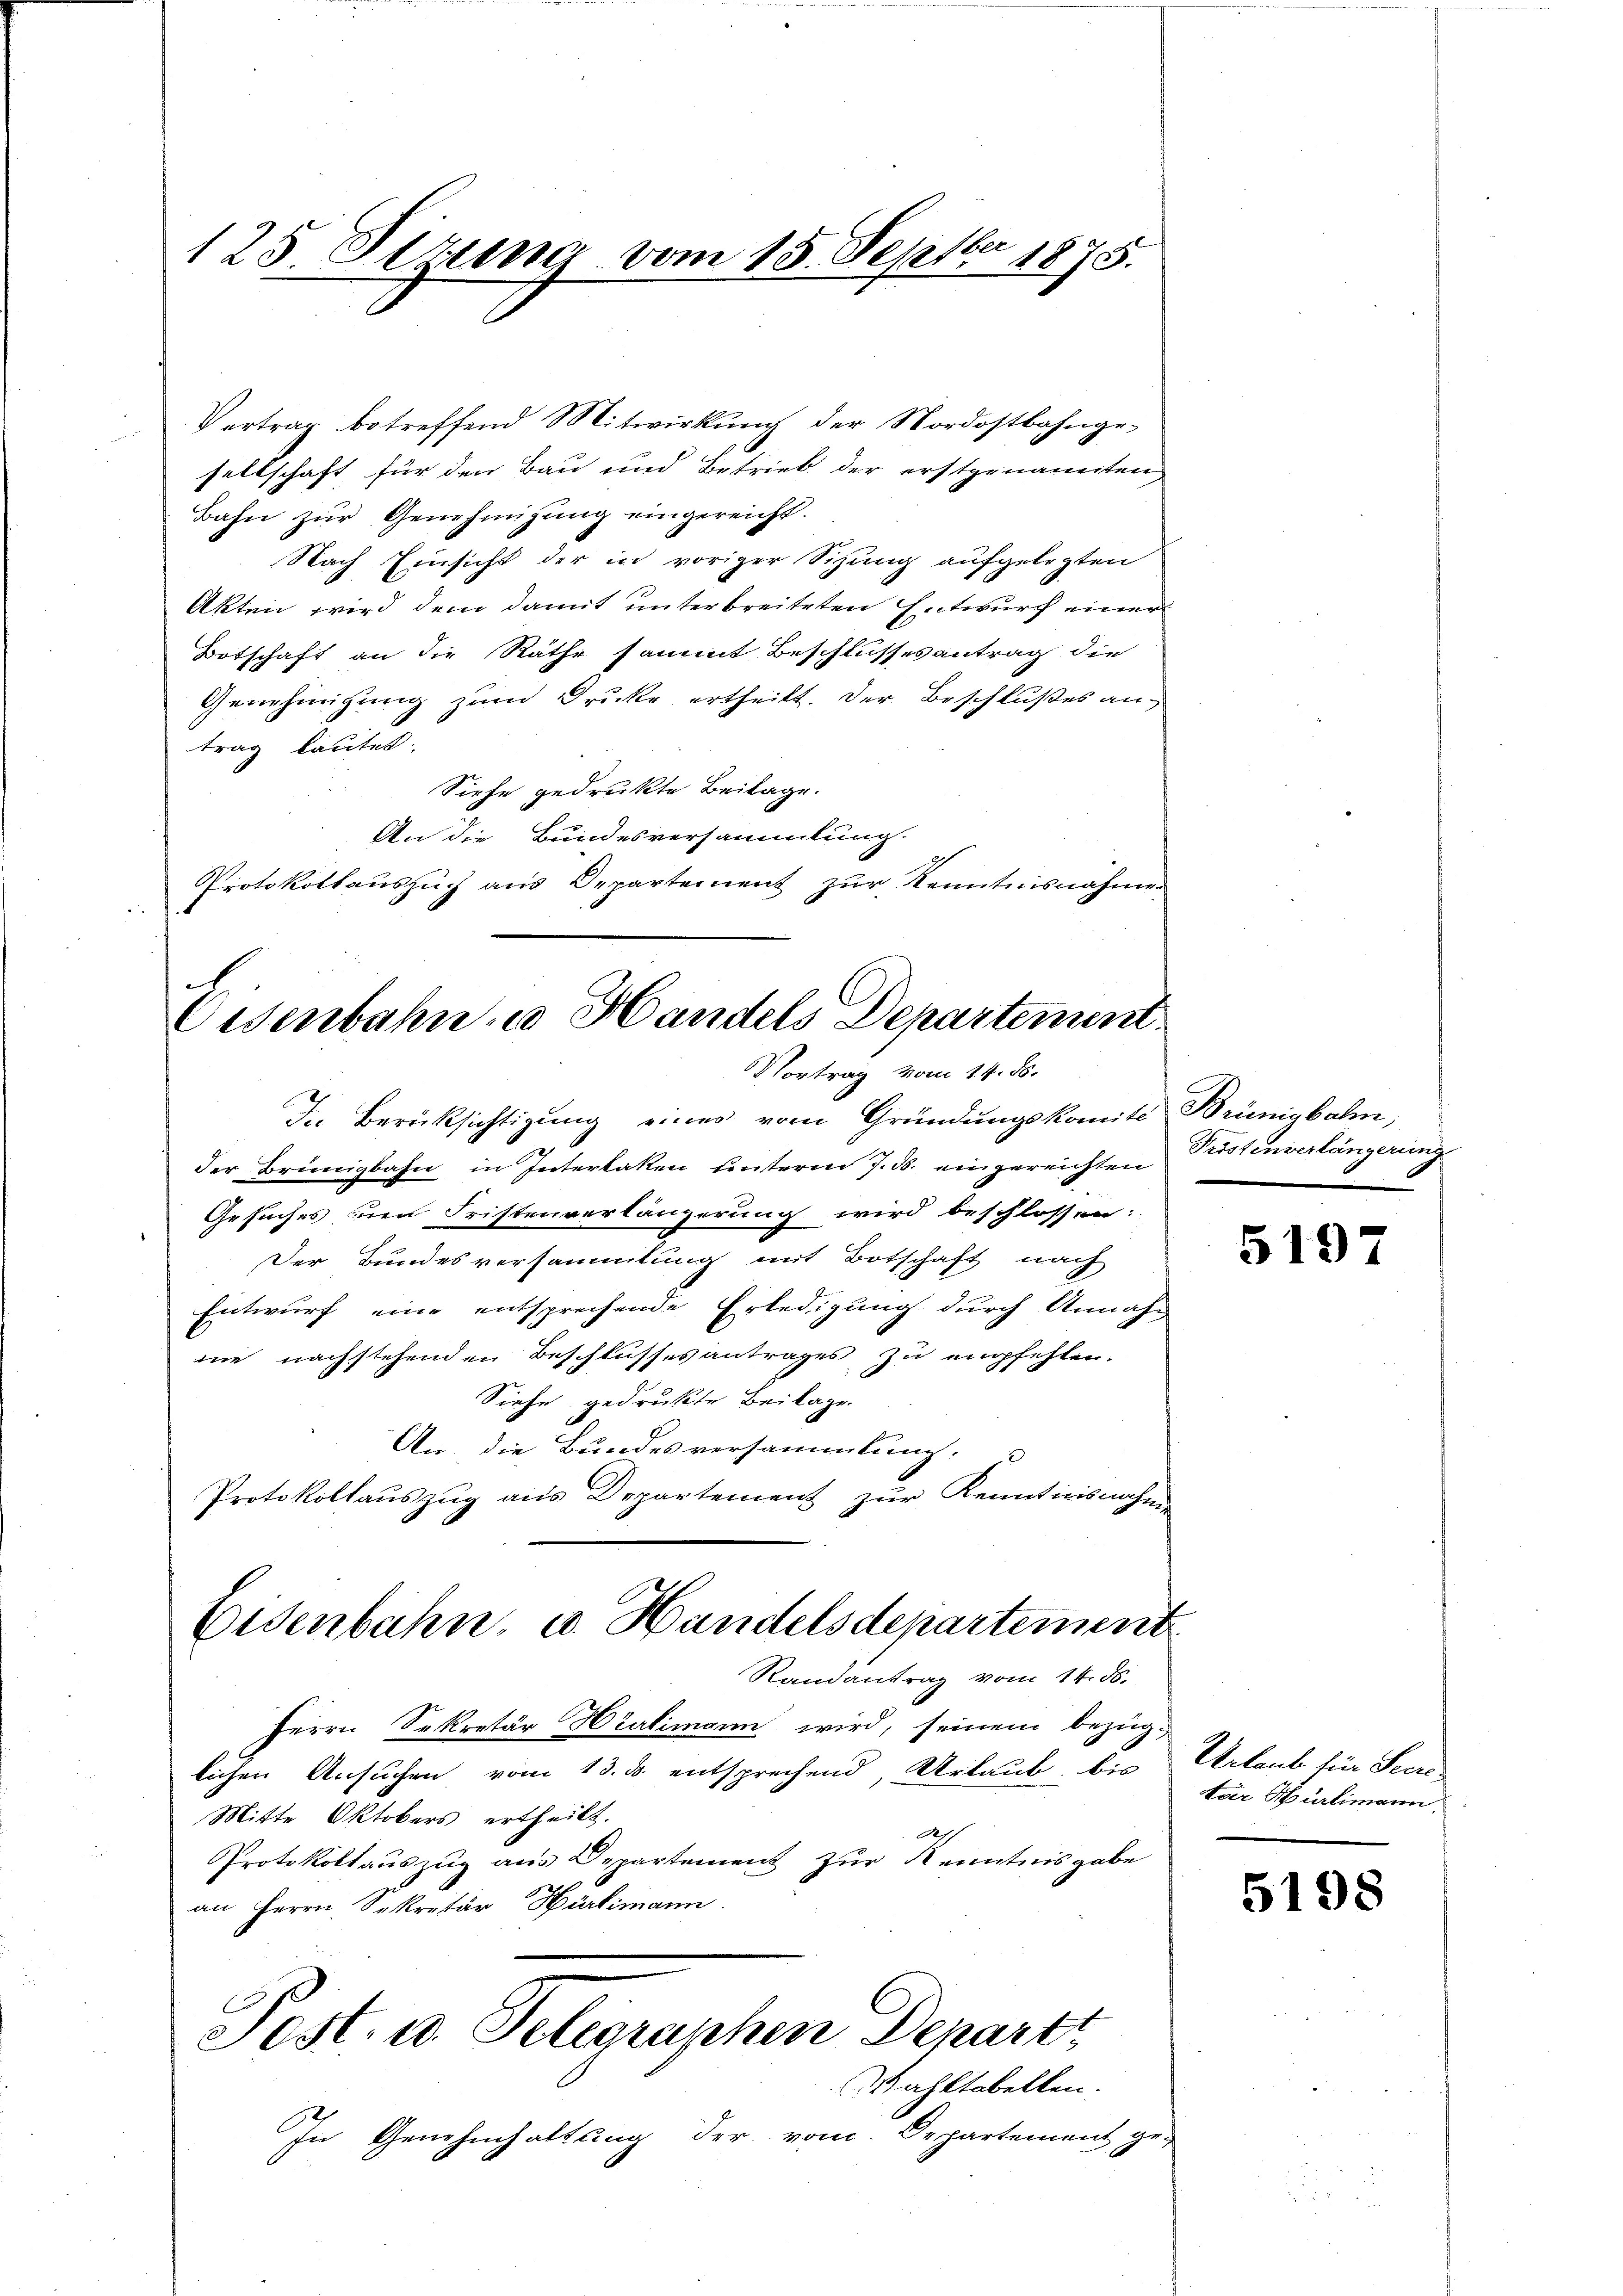
125 Pitung vom 15. Septbr 1875.

Vertrag betreffend Mitwirkung der Nordostbahngesellschaft für den Bau und Betrieb der erstgenannten
Bahn zŭr Genehmigŭng eingereicht.
Nach Einsicht der in voriger Sihung aufgelegten
Akten wird dem damit unterbreiteten Entwurf einer
Botschaft an die Räthe sammt Beschlussesantrag die
Genehmigung zum Drucke ertheilt. Der Beschlußes antrag lautet.
Siehe gedrukte Beilage.
An die Bundesversammlung.
Protokollauszug aus Departement zur Kenntnisnahmen

Cisenbahn u Handels Departement.
Vortrag vom 14. ds.

Randantrag vom 14. ds.

Herrn Sekretär Hradimann wird, seinem bezüg-
lichen Ansuchen vom 13. ds. entsprechend, Urlaub, bis
Mitte Oktobers ertheilt.
A
Protokollauszug aus Departement zur Kenntnisgabe
an Herrn Sekretär Hürlimann.
Pest. u. Telegraphen Denart
Wahltabellen.
In Genehmhaltung der vom Departement ge-

In Berücksichtigung eines vom Gründungskomite Brünigbahn,
der Brüngbahn in Interlaken unterm 7. ds. eingereichten
Gesuches zum Fristenverlängerung wird beschlossen:
Der Bundesversammlung mit Botschaft nach
Entwurf eine entsprechende Erledigung durch Annahnie nachstehenden Beschlusses antrages zu empfehlen.
Siehe gedrukte Beilage
An die Bundesversammlung.
Protokollauszug aus Departement zur Kenntnisnahme
Eisenbahn, u. Handelsdepartement

Pröstenverlängerung

5197

Urlaub für Seretär Hürlimann.

5198